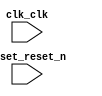

module video_ip_sim_qsys (
	clk_clk,
	reset_reset_n);	

	input		clk_clk;
	input		reset_reset_n;
endmodule